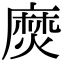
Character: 𪎖